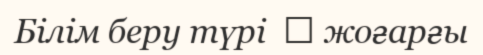
Білім беру түрі  	 жоғарғы